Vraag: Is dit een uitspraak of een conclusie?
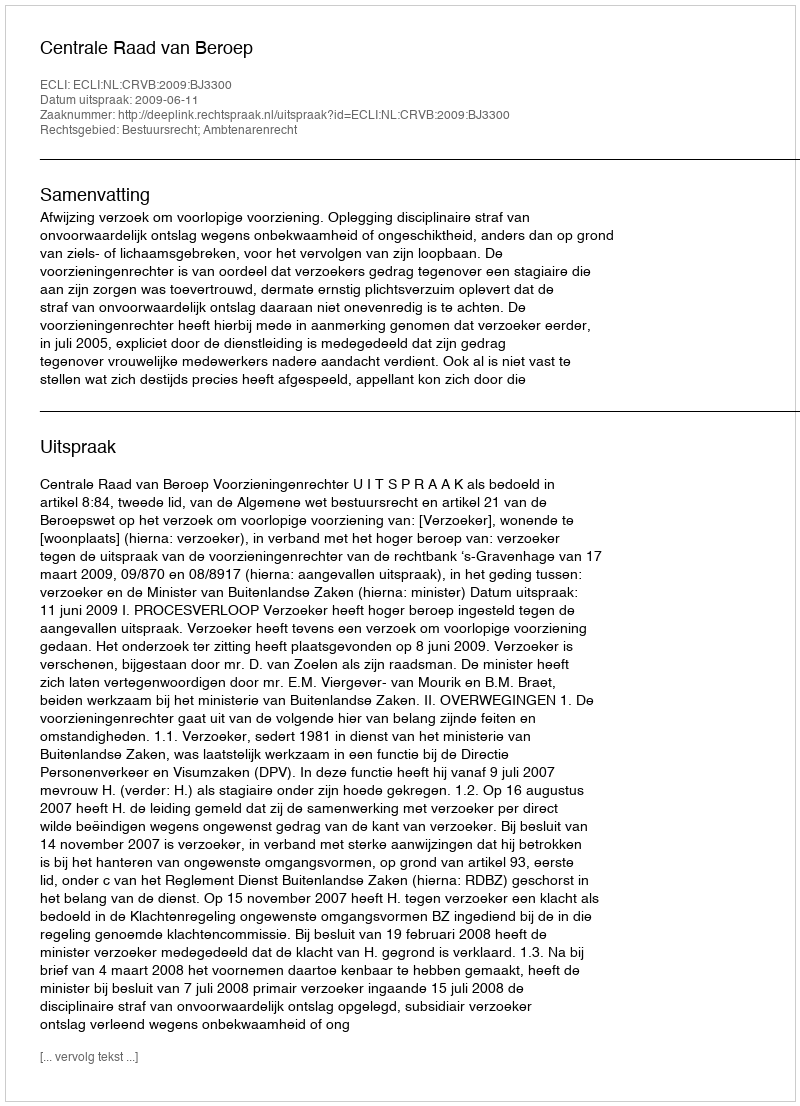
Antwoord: Uitspraak